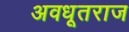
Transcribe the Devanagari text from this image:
अवधूतराज